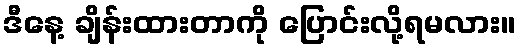
ဒီနေ့ ချိန်းထားတာကို ပြောင်းလို့ရမလား။